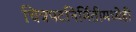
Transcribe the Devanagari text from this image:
चित्रपटनिर्मितीमध्येही